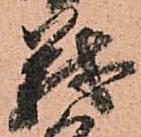
義